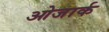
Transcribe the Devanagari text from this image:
ओजार्क